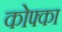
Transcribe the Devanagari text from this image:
कोफ्का